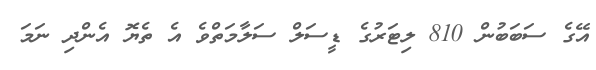
އޭގެ ސަބަބުން 810 ލިޓަރުގެ ޑީސަލް ސަލާމަތްވެ އެ ތެޔޮ އެންދި ނަމަ